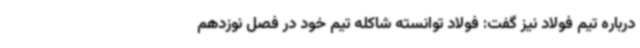
درباره تیم فولاد نیز گفت: فولاد توانسته شاکله تیم خود در فصل نوزدهم